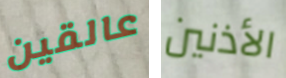
عالقين الأذنين